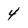
Character: 4